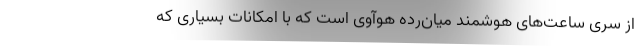
از سری ساعت‌های هوشمند میان‌رده هوآوی است که با امکانات بسیاری که